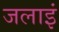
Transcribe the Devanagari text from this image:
जलाइं